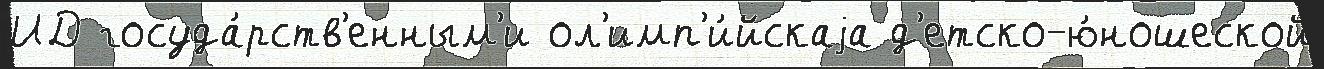
ИД госуда́рств'енным'и ол'имп'и́йскаjа д'етско-ю́ношеской